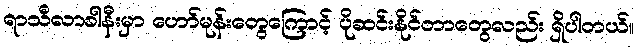
ရာသီလာခါနီးမှာ ဟော်မုန်းတွေကြောင့် ပိုဆင်းနိုင်တာတွေလည်း ရှိပါတယ်။